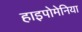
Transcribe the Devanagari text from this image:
हाइपोमेनिया